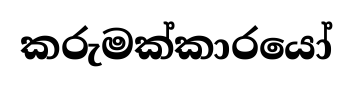
කරුමක්කාරයෝ